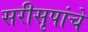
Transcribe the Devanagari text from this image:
सरीसृपांचे